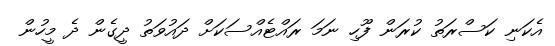
އެކަނި ކަސްރަތު ކުރަން ފޫހި ނަމަ ރައްޓެއްސަކަށް ދައުވަތު ދީގެން ދެ މީހުން